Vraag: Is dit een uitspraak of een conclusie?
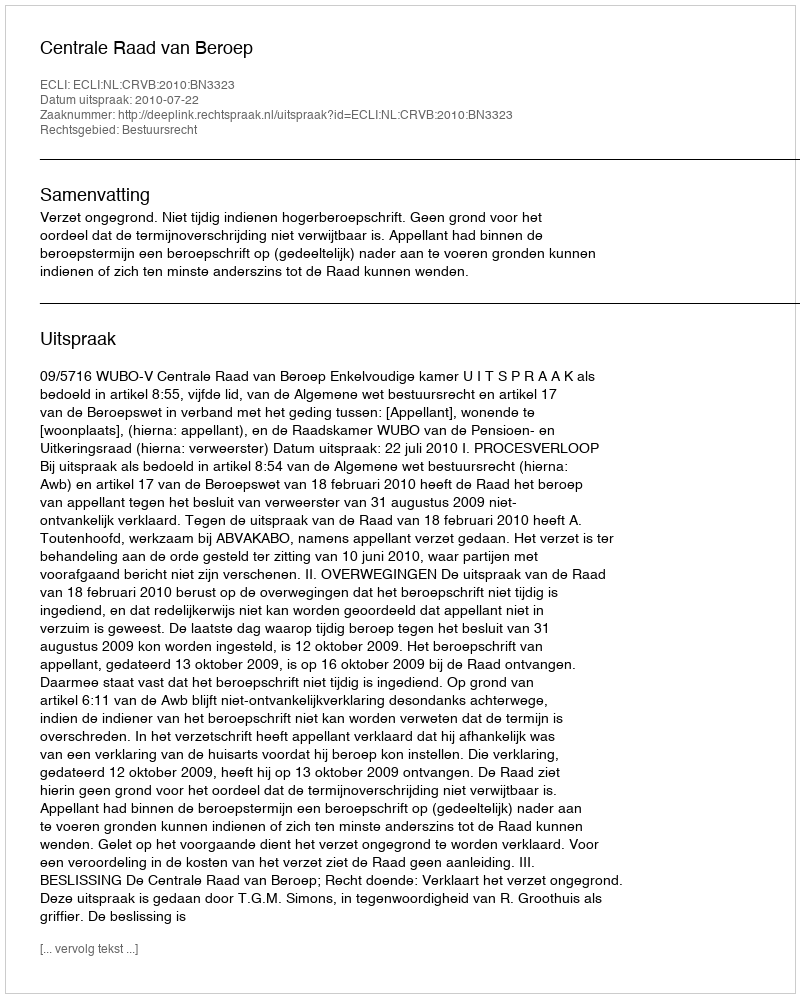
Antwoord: Uitspraak